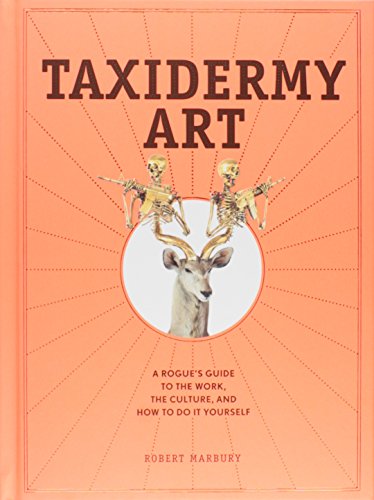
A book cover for Taxidermy Art: A Rogue's Guide to the Work, the Culture, and How to Do It Yourself; Robert Marbury; Humor & Entertainment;